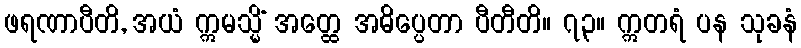
ဖရဏာပီတိ, အယံ ဣမသ္မိံ အတ္ထေ အဓိပ္ပေတာ ပီတီတိ။ ၇၃။ ဣတရံ ပန သုခနံ